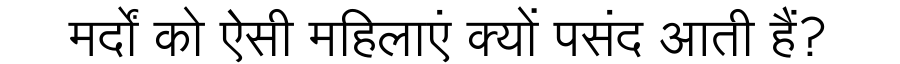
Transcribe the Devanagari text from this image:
मर्दों को ऐसी महिलाएं क्यों पसंद आती हैं?